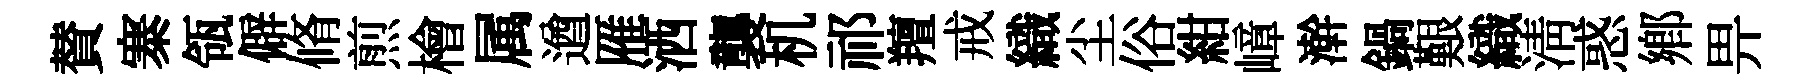
賛寨瓴僻脩煎檜属遒雁洒襲机祁羶戒織尘俗紺嶂澣鍋艱織清惑鄉畀